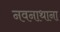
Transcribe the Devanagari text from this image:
नवनाथाना